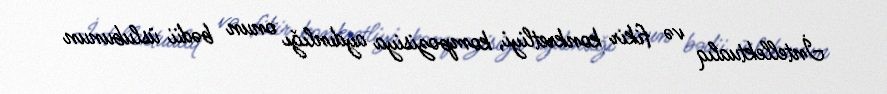
İntellektualıq və fikir konkretliyi, kompozisiya aydınlığı onun bədii üslubunun